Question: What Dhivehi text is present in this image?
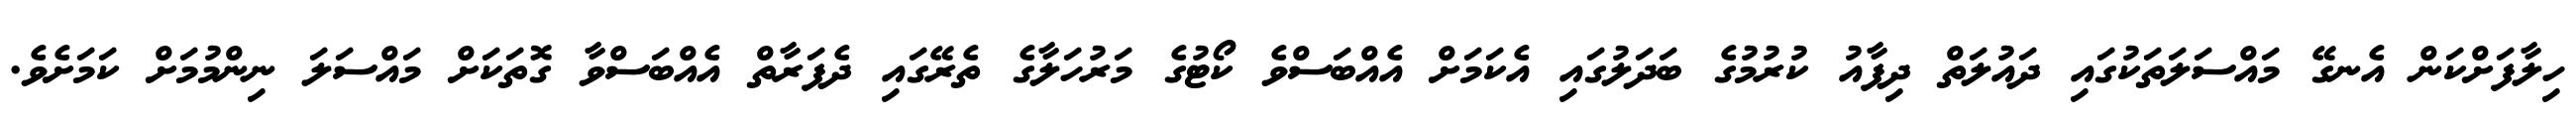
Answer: ހިލާފަށްކަން އެނގޭ މައްސަލަތަކުގައި ދައުލަތް ދިފާއު ކުރުމުގެ ބަދަލުގައި އެކަމަށް އެއްބަސްވެ ކޯޓުގެ މަރުހަލާގެ ތެރޭގައި ދެފަރާތް އެއްބަސްވާ ގޮތަކަށް މައްސަލަ ނިންމުމަށް ކަމަށެވެ.